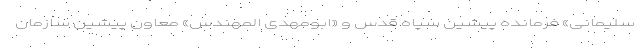
سلیمانی» فرمانده پیشین سپاه قدس و «ابومهدی المهندس» معاون پیشین سازمان